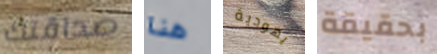
صداقتك هنا يهودية بحقيقة